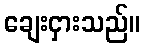
ချေးငှားသည်။